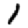
Digit: 1